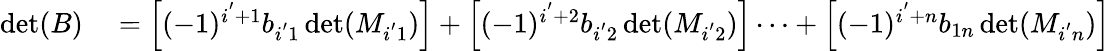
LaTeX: \begin{array}{rl}{\operatorname*{det}(B)}&{{}=\left[(-1)^{i^{'}+1}b_{i^{'}1}\operatorname*{det}(M_{i^{'}1})\right]+\left[(-1)^{i^{'}+2}b_{i^{'}2}\operatorname*{det}(M_{i^{'}2})\right]\cdots+\left[(-1)^{i^{'}+n}b_{1n}\operatorname*{det}(M_{i^{'}n})\right]}\end{array}